Annual report on the mental hospital in the Central Provinces and Berar (Nagpur) - 1927-1951
Year: 1927
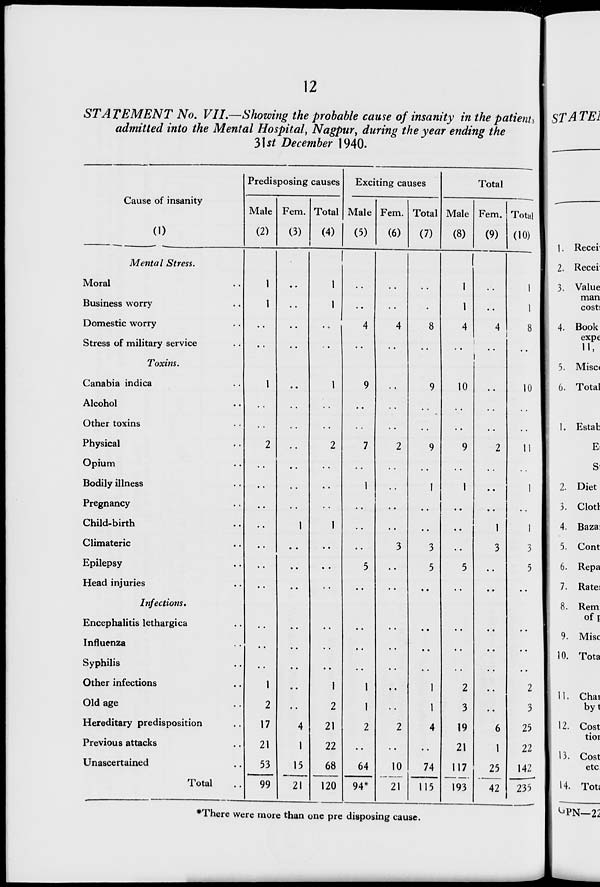
12
STATEMENT No. VII.—Showing the probable cause of insanity in the patients
admitted into the Mental Hospital, Nagpur, during the year ending the
3\st December 1940.
Cause of insanity
(1)
Mental Stress.
Moral
Business worry
Domestic worry
Stress of military service
Toxins.
Canabia indica
Alcohol
Other toxins
Physical
Opium
Bodily illness
Pregnancy
Child-birth
Climateric
Epilepsy
Head injuries
Infections.
Encephalitis lethargica
Influenza
Syphilis
Other infections
Old age
Hereditary predisposition
Previous attacks
Unascertained
Total
Predisposing causes
Male
(2)
Fern.
(3)
Total
(4)
Exciting causes
Male
(5)
Fern.
(6)
Total
(7)
1
2
17
21
53
99
4
1
15
21
2
21
22
68
120
1
1
2
64
94*
Total
Male
(8)
10
21
8
3
5
1
4
74
115
Fern. !
(9)
I
1
4
10
2
3
19
21
117
193
Total
(10)
1
3
6
1
25
42
10
11
3
5
2
3
25
22
142
235
ST A TE1
1. Recer
2. Recei
3. Value
man
costs
4. Book
expe
5. Misc<
6. Total
1. Estah
Ei
Si
2. Diet
3. Clot!
4. Bazai
5. Cont
6. Repa
7. Rate:
8. Rem
off
9. Misc
10. Tota
11. Chat
byt
12. Cost
tior
13. Cost
etc
14 . Tots
*There were more than one pre disposing cause.
^PN—22